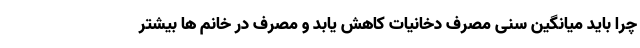
چرا باید میانگین سنی مصرف دخانیات کاهش یابد و مصرف در خانم‌ ها بیشتر